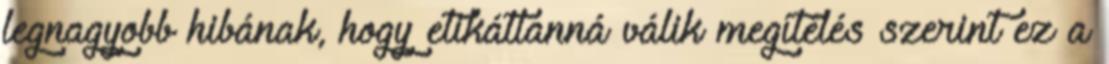
legnagyobb hibának, hogy etikátlanná válik megítélés szerint ez a